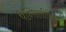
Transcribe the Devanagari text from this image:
पेन्सिलीपेक्षा